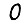
Digit: 0